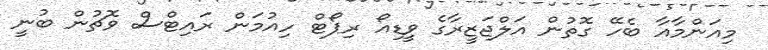
މިއަންމާއާ ބެހޭ ގޮތުން އަލްޖަޒީރާގެ ވީޑިއޯ ރިޕޯޓް ހިއުމަން ރައިޓްސް ވޮޗުން ބުނީ